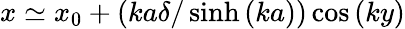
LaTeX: x\simeq x_{0}+\left(ka\delta/\sinh\left(ka\right)\right)\cos\left(ky\right)